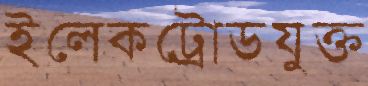
ইলেকট্রোডযুক্ত